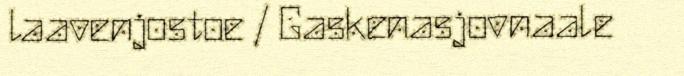
laavenjostoe / Gaskenasjovnaale